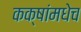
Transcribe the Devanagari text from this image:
कक्षांमधेच